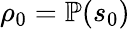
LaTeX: \rho_{0}=\mathbb P(s_{0})